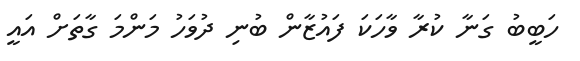
ހަބީބު ގަނާ ކުރާ ވާހަކަ ފައުޒާން ބުނި ދުވަހު މަންމަ ގާތަށް އައީ